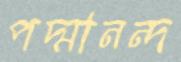
পদ্মানন্দ